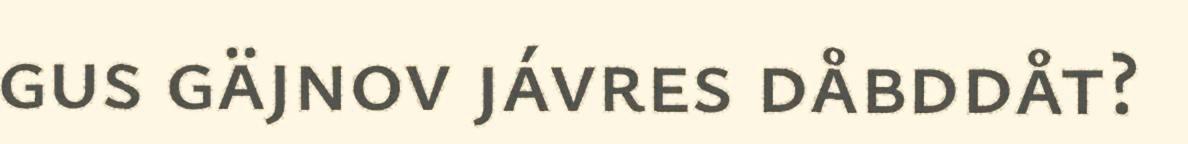
gus gäjnov jávres dåbddåt?